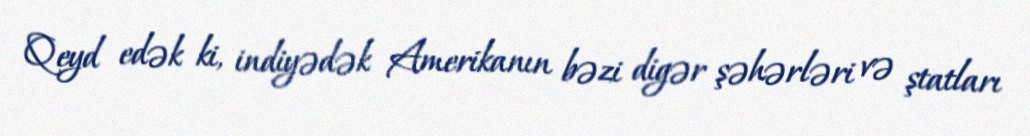
Qeyd edək ki, indiyədək Amerikanın bəzi digər şəhərləri və ştatları